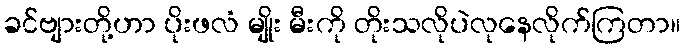
ခင်ဗျားတို့ဟာ ပိုးဖလံ မျိုး မီးကို တိုးသလိုပဲလုနေလိုက်ကြတာ။